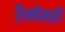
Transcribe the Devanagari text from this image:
रैन्बैक्सी